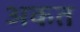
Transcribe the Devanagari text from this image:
अकत